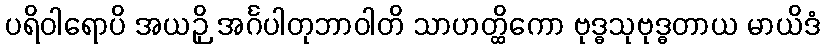
ပရိဝါရောပိ အယဉှိ အင်္ဂပါတုဘာဝါတိ သာဟတ္ထိကော ဗုဒ္ဓသုဗုဒ္ဓတာယ မာယိဒံ